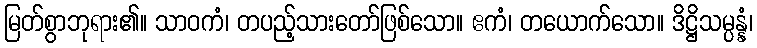
မြတ်စွာဘုရား၏။ သာဝကံ၊ တပည့်သားတော်ဖြစ်သော။ ဧကံ၊ တယောက်သော။ ဒိဋ္ဌိသမ္ပန္နံ၊